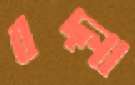
বদ্‌লা